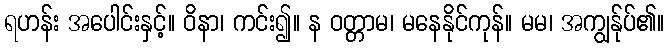
ရဟန်း အပေါင်းနှင့်။ ဝိနာ၊ ကင်း၍။ န ဝတ္တာမ၊ မနေနိုင်ကုန်။ မမ၊ အကျွန်ုပ်၏။